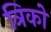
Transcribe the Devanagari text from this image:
त्रिको